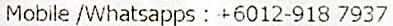
MOBILE /WHATSAPPS : +6012-918 7937